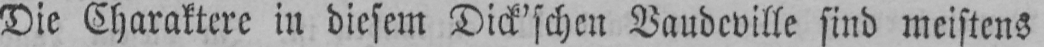
Die Charaktere in diesem Dick’schen Vaudeville sind meistens